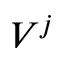
V ^ { j }